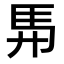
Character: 𮩴